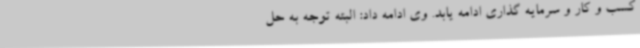
کسب و کار و سرمایه گذاری ادامه یابد. وی ادامه داد: البته توجه به حل